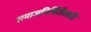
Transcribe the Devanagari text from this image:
समाजनिर्मितीसाठी